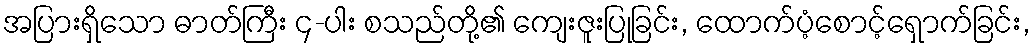
အပြားရှိသော ဓာတ်ကြီး ၄-ပါး စသည်တို့၏ ကျေးဇူးပြုခြင်း, ထောက်ပံ့စောင့်ရှောက်ခြင်း,